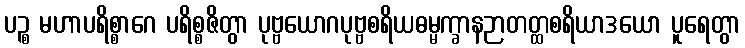
ပဉ္စ မဟာပရိစ္စာဂေ ပရိစ္စဇိတွာ ပုဗ္ဗယောဂပုဗ္ဗစရိယဓမ္မက္ခာနဉာတတ္ထစရိယာဒယော ပူရေတွာ